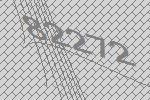
82272